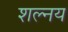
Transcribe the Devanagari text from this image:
शल्नय